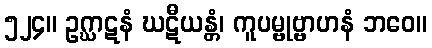
၅၂၄။ ဥဂ္ဃာဋနံ ဃဋီယန္တံ၊ ကူပမ္ဗုဗ္ဗာဟနံ ဘဝေ။